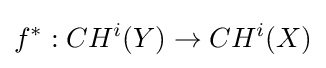
f^{*}:CH^{i}(Y)\to CH^{i}(X)